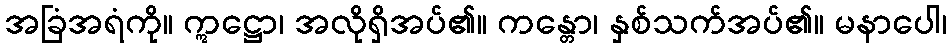
အခြံအရံကို။ ဣဋ္ဌော၊ အလိုရှိအပ်၏။ ကန္တော၊ နှစ်သက်အပ်၏။ မနာပေါ၊